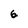
Character: 6